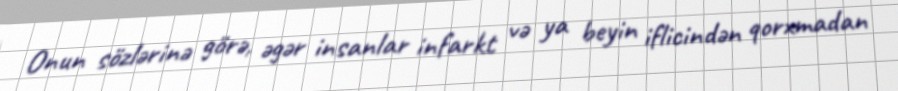
Onun sözlərinə görə, əgər insanlar infarkt və ya beyin iflicindən qorxmadan